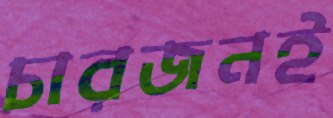
চারজনই